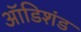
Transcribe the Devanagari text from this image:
ऑडिशंड